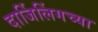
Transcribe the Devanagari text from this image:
दार्जिलिंगच्या